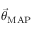
\ensuremath { \vec { \theta } } _ { \mathrm { M A P } }